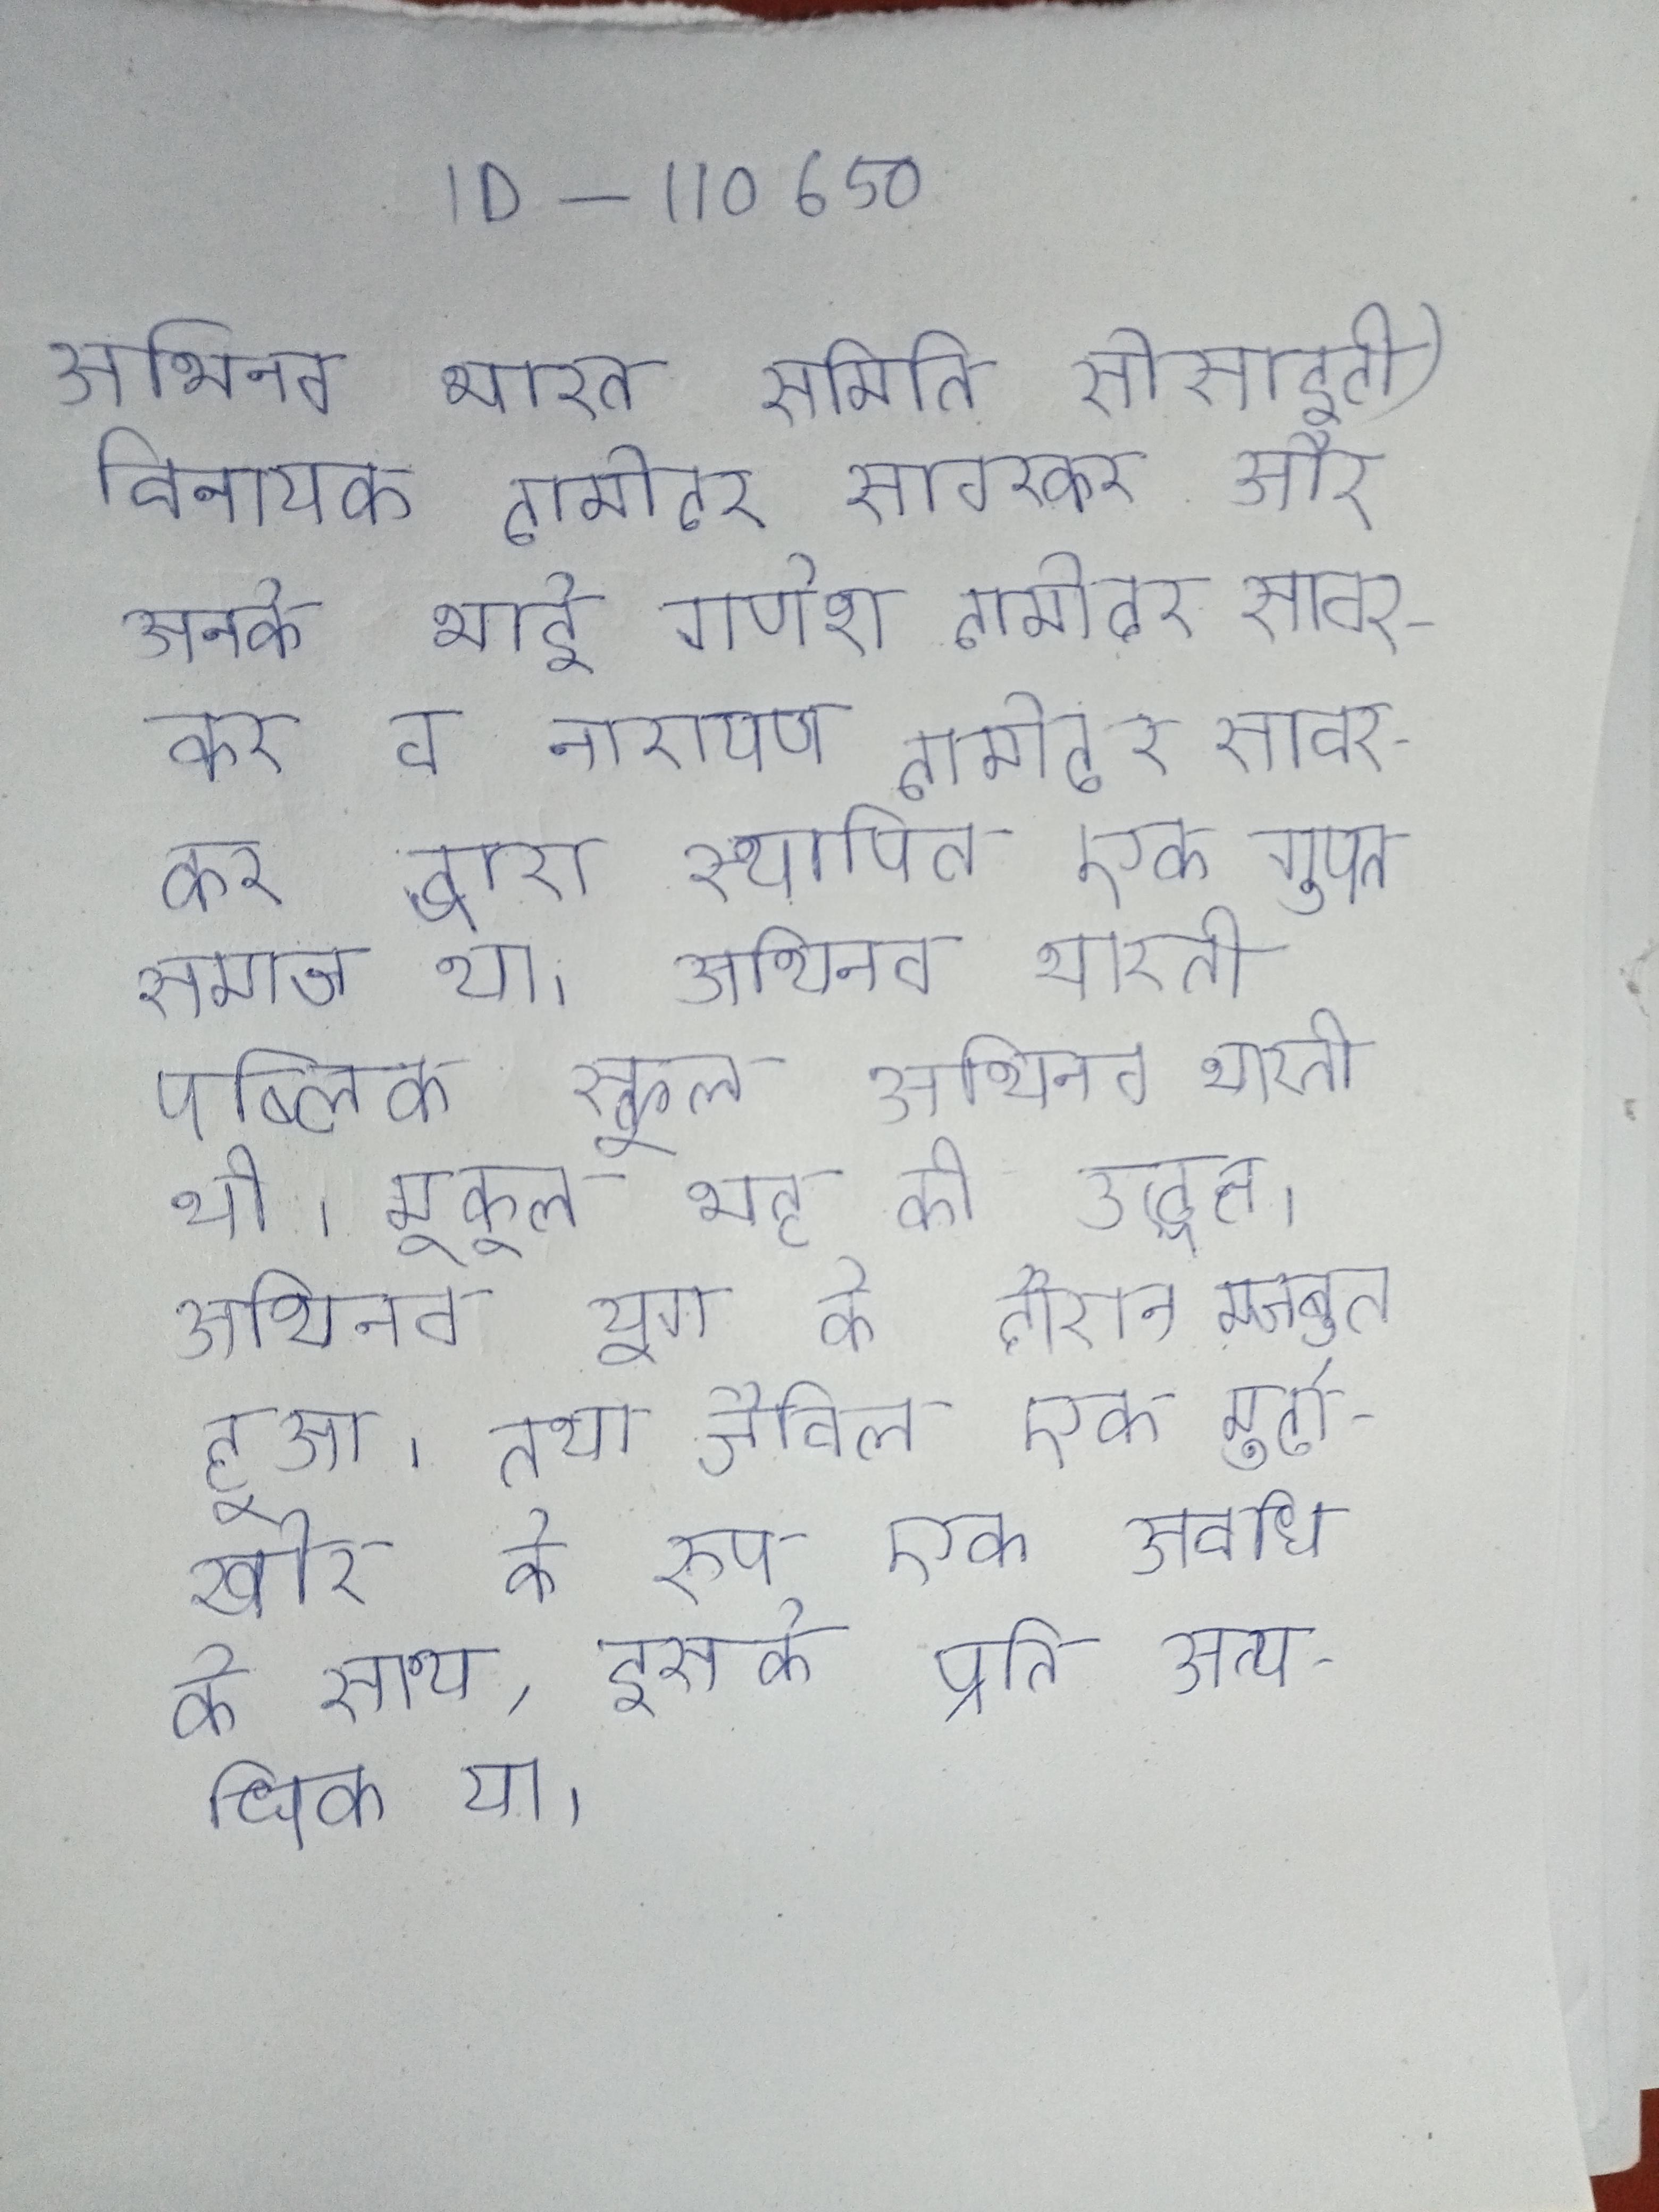
अभिनव भारत समिति सोसाइटी) विनायक दामोदर सावरकर और उनके भाई गणेश दामोदर सावरकर व नारायण दामोदर सावरकर द्वारा स्थापित एक गुप्त समाज था । अभिनव भारती पब्लिक स्कूल . अभिनव भारती भी मुकुल भट्ट की उद्धृत । अभिनव युग के दौरान मजबूत हुआ, तथा डैविल एक मुर्दाखोर के रूप एक छोटी सी जीवन की अवधि के साथ, इसके प्रति अत्यधिक था ।